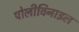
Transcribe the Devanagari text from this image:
पोलीविनाइल